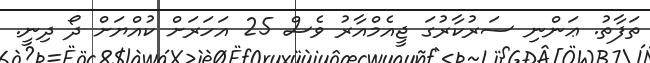
ތަފާތު. ޢަންނި ސަރުކާރުގަ ޖީއެމްއާރު ވެސް 25 އަހަރަށް ކުއްޔަށް ދޯ ދިނީ.